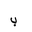
Letter: _ba